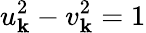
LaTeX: u_{\mathbf k}^{2}-v_{\mathbf k}^{2}=1